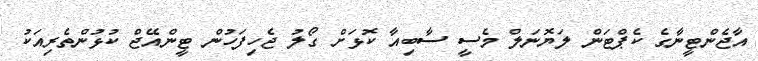
އާޖެންޓީނާގެ ކެޕްޓަން ލަޔޮނަލް މެސީ ސާބިއާ ކޮޅަށް ގޯލު ޖެހިފަހުން ޓީންއޭޖް ކުޅުންތެރިއަކު